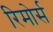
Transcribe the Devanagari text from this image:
रिमोर्स